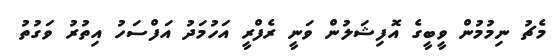
މެޗު ނިމުމުން ވީބީގެ އޮފިޝަލުން ވަނީ ރެފްރީ އަހުމަދު އަފްސަހު އިތުރު ވަގުތު